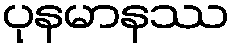
ပုနမာနဿ